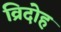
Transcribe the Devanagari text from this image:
व्रिदोह